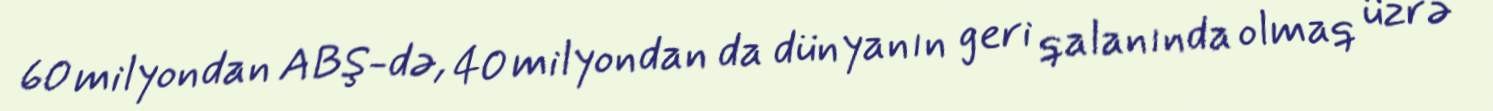
60 milyondan ABŞ-də, 40 milyondan da dünyanın geri qalanında olmaq üzrə